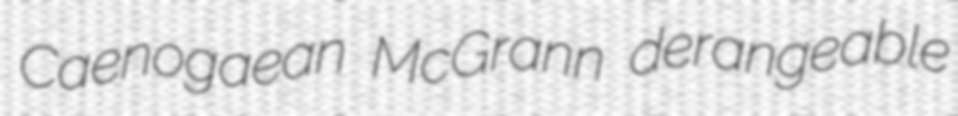
Caenogaean McGrann derangeable